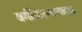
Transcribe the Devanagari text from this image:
वर्गीकरणाबाबत